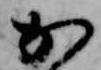
か